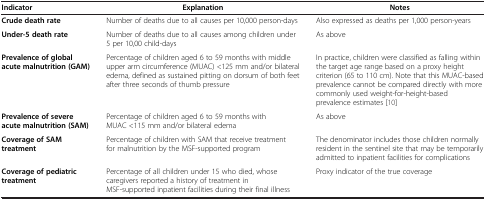
<table><thead><tr><td><b>Indicator</b></td><td><b>Explanation</b></td><td><b>Notes</b></td></tr></thead><tbody><tr><td><b>Crude death rate</b></td><td>Number of deaths due to all causes per 10,000 person-days</td><td>Also expressed as deaths per 1,000 person-years</td></tr><tr><td><b>Under-5 death rate</b></td><td>Number of deaths due to all causes among children under 5 per 10,00 child-days</td><td>As above</td></tr><tr><td><b>Prevalence of global acute malnutrition (GAM)</b></td><td>Percentage of children aged 6 to 59 months with middle upper arm circumference (MUAC) &lt;125 mm and/or bilateral edema, defined as sustained pitting on dorsum of both feet after three seconds of thumb pressure</td><td>In practice, children were classified as falling within the target age range based on a proxy height criterion (65 to 110 cm). Note that this MUAC-based prevalence cannot be compared directly with more commonly used weight-for-height-based prevalence estimates[10]</td></tr><tr><td><b>Prevalence of severe acute malnutrition (SAM)</b></td><td>Percentage of children aged 6 to 59 months with MUAC &lt;115 mm and/or bilateral edema</td><td>As above</td></tr><tr><td><b>Coverage of SAM treatment</b></td><td>Percentage of children with SAM that receive treatment for malnutrition by the MSF-supported program</td><td>The denominator includes those children normally resident in the sentinel site that may be temporarily admitted to inpatient facilities for complications</td></tr><tr><td><b>Coverage of pediatric treatment</b></td><td>Percentage of all children under 15 who died, whose caregivers reported a history of treatment in MSF-supported inpatient facilities during their final illness</td><td>Proxy indicator of the true coverage</td></tr></tbody></table>